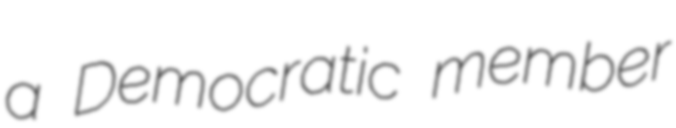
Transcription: a Democratic member